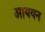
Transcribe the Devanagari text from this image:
आययन